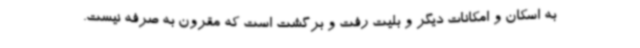
به اسکان و امکانات دیگر و بلیت رفت و برگشت است که مقرون به صرفه نیست.